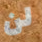
لن